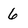
Character: 6